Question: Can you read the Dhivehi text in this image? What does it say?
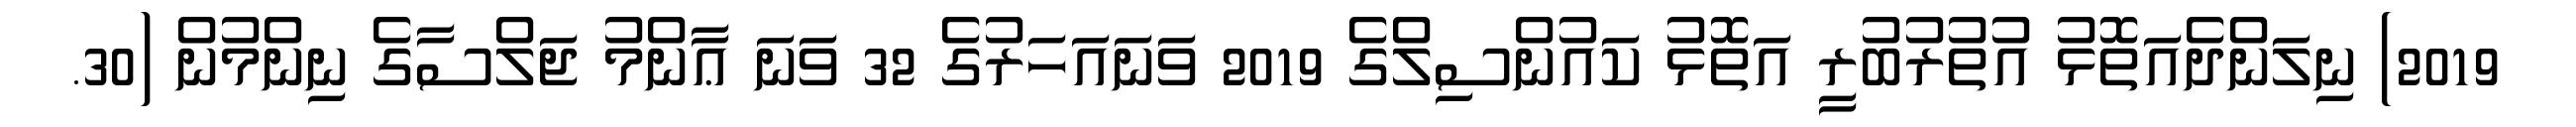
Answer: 2019) ނިލަންދެއަތޮޅު އުތުރުބުރީ އަތޮޅު ކައުންސިލްގެ 2019 ވަނައަހަރުގެ 32 ވަނަ ޢާންމު ޖަލްސާގެ ނިންމުން (30.